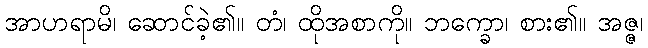
အာဟရာမိ၊ ဆောင်ခဲ့၏။ တံ၊ ထိုအစာကို။ ဘက္ခော၊ စား၏။ အဇ္ဇ၊